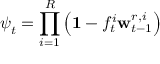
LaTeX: { \boldsymbol { \psi } } _ { t } = \prod _ { i = 1 } ^ { R } \left( \mathbf { 1 } - f _ { t } ^ { i } \mathbf { w } _ { t - 1 } ^ { r , i } \right)